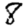
Digit: 8